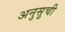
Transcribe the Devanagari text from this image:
अनुसुची